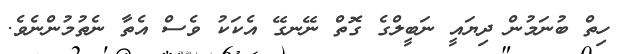
ހިތް ބުނަމުން ދިޔައީ ނަބީލްގެ ގޮތް ނޭނގޭ އެކަކު ވެސް އެތާ ނެތުމުންނެވެ.